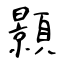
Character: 顥